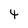
Character: 4